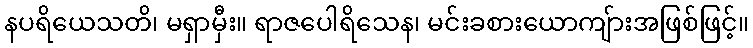
နပရိယေသတိ၊ မရှာမှီး။ ရာဇပေါရိသေန၊ မင်းခစားယောကျ်ားအဖြစ်ဖြင့်။